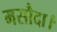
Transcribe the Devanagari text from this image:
मसौदा।